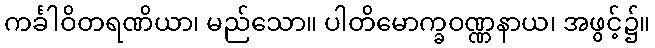
ကင်္ခါဝိတရဏိယာ၊ မည်သော။ ပါတိမောက္ခဝဏ္ဏနာယ၊ အဖွင့်၌။